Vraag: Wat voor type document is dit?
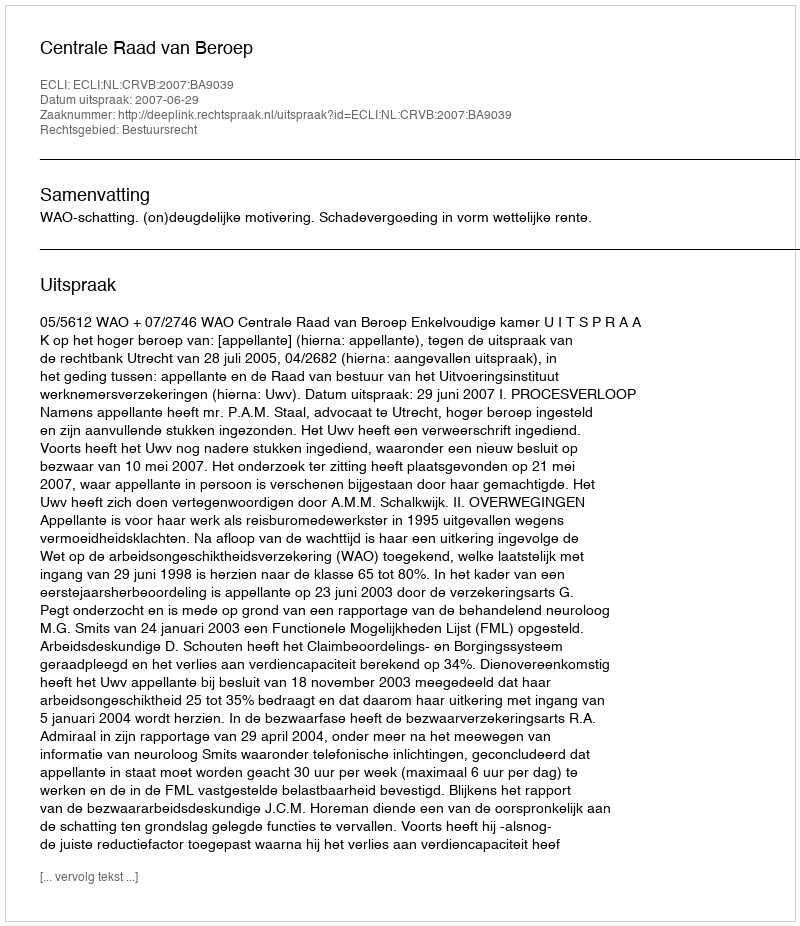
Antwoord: Uitspraak